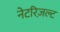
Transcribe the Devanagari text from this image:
नेटरिज़ल्ट